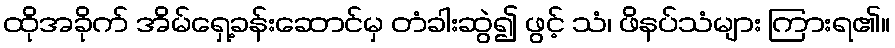
ထိုအခိုက် အိမ်ရှေ့ခန်းဆောင်မှ တံခါးဆွဲ၍ ဖွင့် သံ၊ ဖိနပ်သံများ ကြားရ၏။